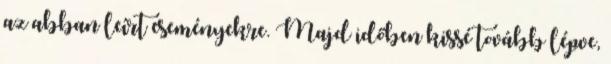
az abban leírt eseményekre. Majd időben kissé tovább lépve,